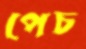
পেচ